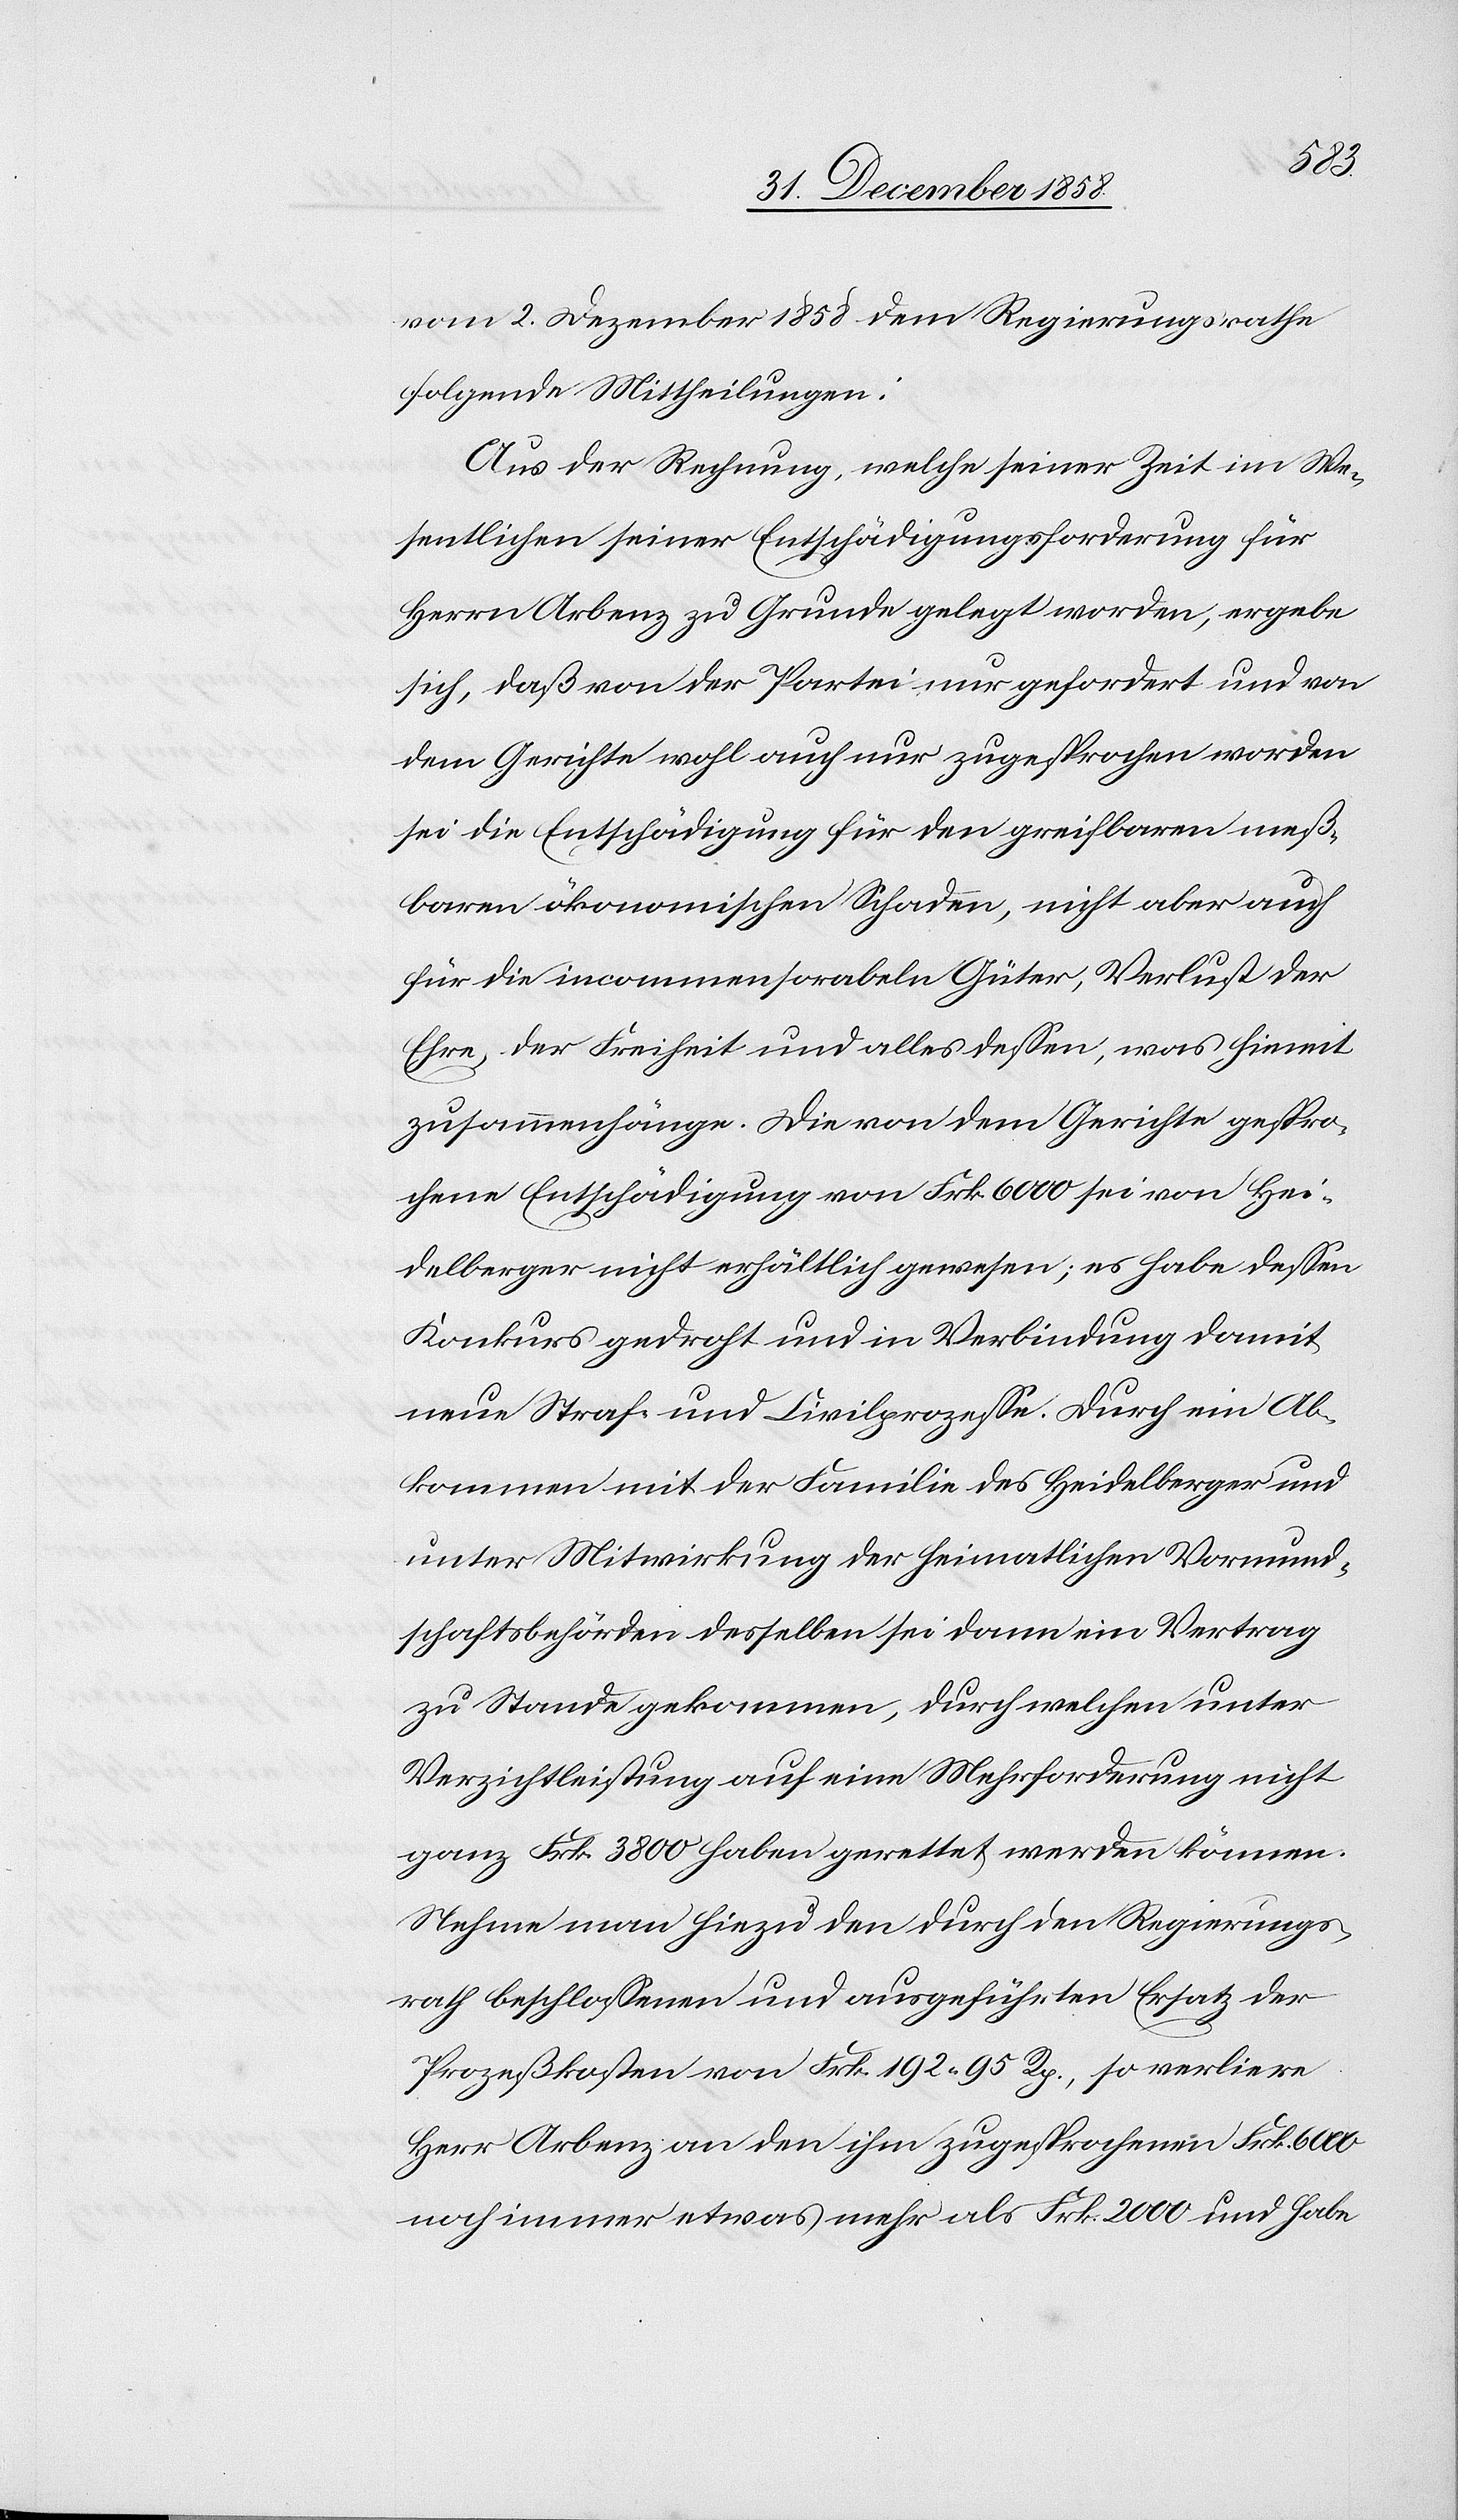
vom 2. Dezember 1858 dem Regierungsrathe
folgende Mittheilungen:
Aus der Rechnung, welche seiner Zeit im We¬
sentlichen seiner Entschädigungsforderung für
Herrn Arbenz zu Grunde gelegt worden, ergebe
sich, daß von der Partei nur gefordert und von
dem Gerichte wohl auch nur zugesprochen worden
sei die Entschädigung für den greifbaren meß¬
baren ökonomischen Schaden, nicht aber auch
für die incommensorabeln Güter, Verlust der
Ehre, der Freiheit und alles dessen, was hiemit
zusammenhänge. Die von dem Gerichte gespro¬
chene Entschädigung von Frk. 6000 sei von Hei¬
delberger nicht erhältlich gewesen; es habe dessen
Konkurs gedroht und in Verbindung damit
neue Straf- und Civilprozesse. Durch ein Ab¬
kommen mit der Familie des Heidelberger und
unter Mitwirkung der heimatlichen Vormund¬
schaftsbehörden desselben sei dann ein Vertrag
zu Stande gekommen, durch welchen unter
Verzichtleistung auf eine Mehrforderung nicht
ganz Frk. 3800 haben gerettet werden können.
Nehme man hiezu den durch den Regierungs¬
rath beschlossenen und ausgeführten Ersatz der
Prozeßkosten von Frk. 192 95 Rp., so verliere
Herr Arbenz an den ihm zugesprochenen Frk. 6000
noch immer etwas mehr als Frk. 2000 und habe